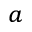
^ a